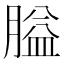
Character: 膉